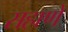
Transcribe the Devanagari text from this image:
सहाणे